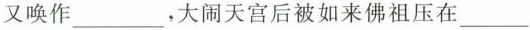
又唤作___，大闹天宫后被如来佛祖压在___